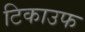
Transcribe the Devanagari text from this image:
टिकाउफ